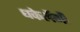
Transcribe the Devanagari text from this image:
धकेलेंगी